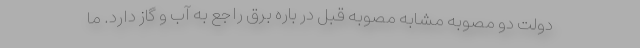
دولت دو مصوبه مشابه مصوبه قبل در باره برق راجع به آب و گاز دارد. ما